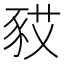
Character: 𧰿